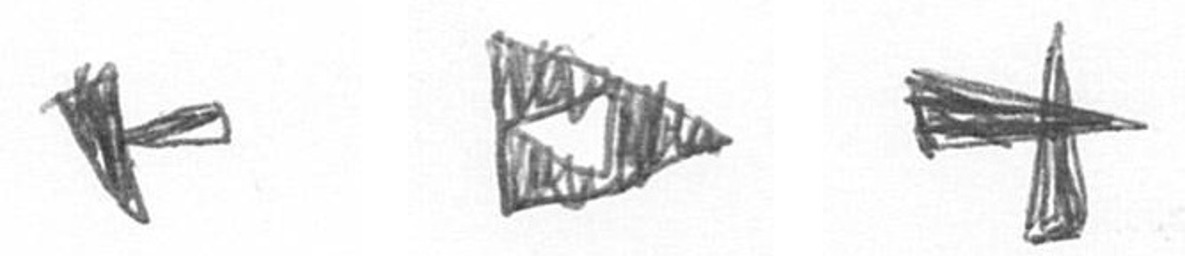
F K G